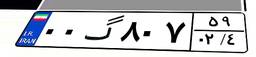
۰۰گ۸۰۷۵۹